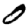
Digit: 0